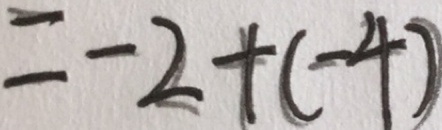
= - 2 + ( - 4 )